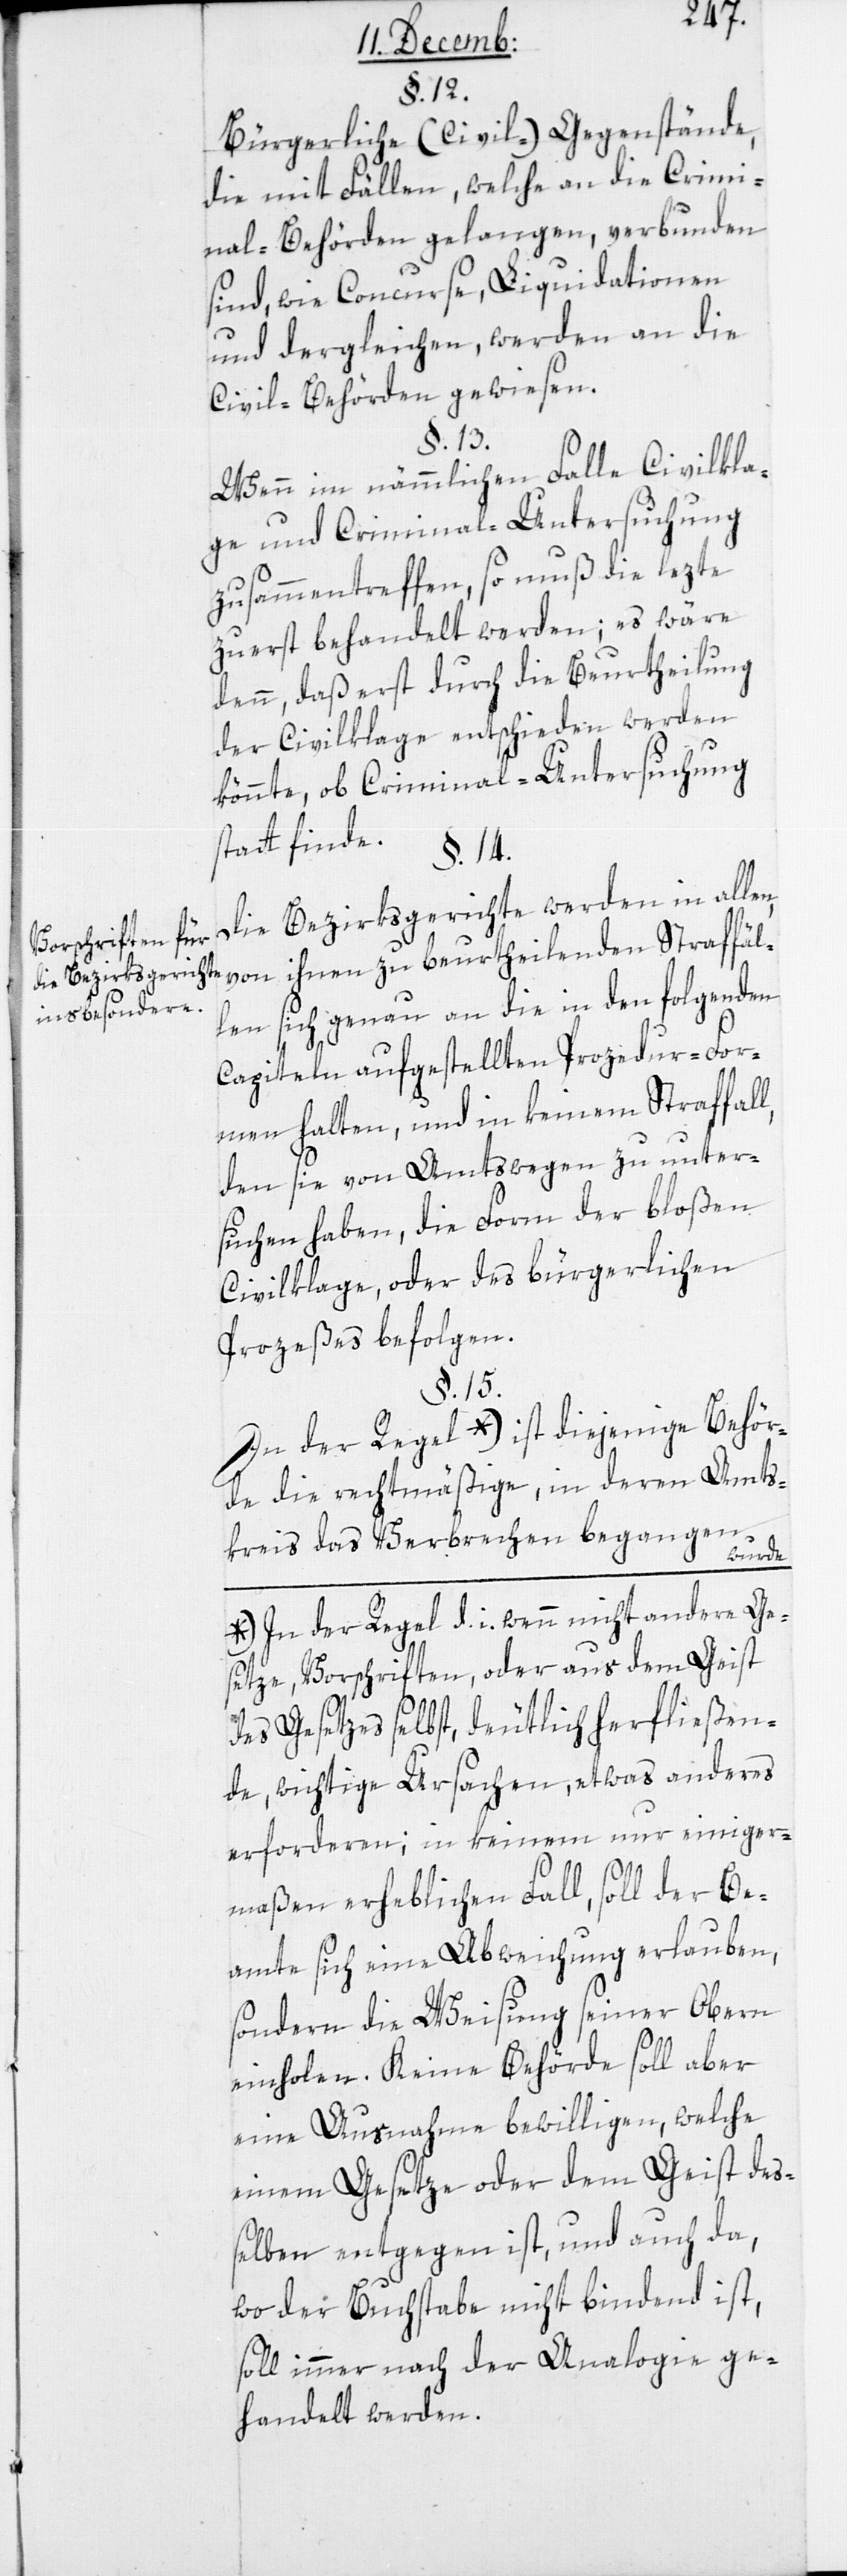
Vorschriften für
die Bezirksgerichte
insbesondere.

§. 12.
Bürgerliche (Civil-) Gegenstände,
die mit Fällen, welche an die Crimi¬
nalbehörden gelangen, verbunden
sind, wie Concurse, Liquidationen
und dergleichen, werden an die
Civilbehörden gewiesen.
§. 13.
Wenn im nämmlichen Fall Civilkla¬
ge und Criminal-Untersuchung
zusammentreffen, so muß die Lezte
zuerst behandelt werden; es wäre
denn, daß erst durch die Beurtheilung
der Civilklage entschieden werden
könnte, ob Criminal-Untersuchung
stattfinde.
§. 14.
Die Bezirksgerichte werden in allen,
von ihnen zu beurtheilenden Straffäl¬
len sich genau an die in den folgenden
Capiteln aufgestellten Procedur-For¬
men halten, und in keinem Straffal¬
l, den sie von Amtswegen zu unter¬
suchen haben, die Form der bloßen
Civilklage oder des bürgerlichen
Prozeßes befolgen.
§. 15.
In der Regel*)
e die rechtmäßige, in deren Amts¬
kreis das Verbrechen begangen
Behörd¬
a-*) In der Regel d. i., wenn nicht andere Ge¬
setze, Vorschriften, oder aus dem Geist
des Gesetzes selbst, deutlich herfließen¬
de, wichtige Ursachen, etwas anderes
erforderen; in keinem nur einiger¬
maßen erheblichen Fall, soll der Be¬
amte sich eine Abweichung erlauben,
sondern die Weisung seiner Obern
einholen. Keine Behörde soll aber
eine Ausnahme bewilligen, welche
einem Gesetze oder dem Geist de¬
ßelben entgegen ist, und auch da,
wo der Buchstabe nicht bindend ist,
soll immer nach der Analogie ge¬
handelt werden.